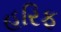
હરિફ